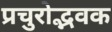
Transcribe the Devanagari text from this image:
प्रचुरोद्भवक